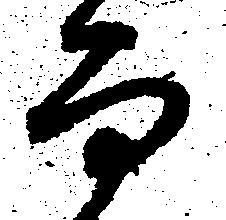
而